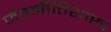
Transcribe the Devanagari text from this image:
जैवनीतिशास्त्र